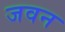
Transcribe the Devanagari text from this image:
जवन